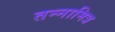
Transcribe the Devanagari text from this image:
तन्नामित्र